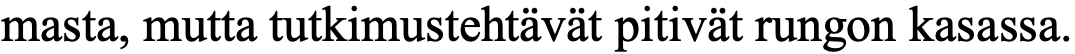
masta, mutta tutkimustehtävät pitivät rungon kasassa.